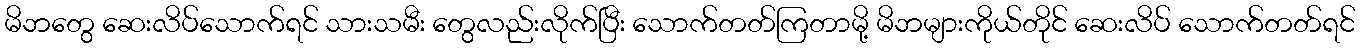
မိဘတွေ ဆေးလိပ်သောက်ရင် သားသမီး တွေလည်းလိုက်ပြီး သောက်တတ်ကြတာမို့ မိဘများကိုယ်တိုင် ဆေးလိပ် သောက်တတ်ရင်